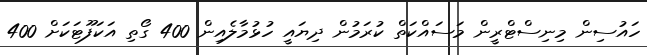
ހައުސިން މިނިސްޓްރީން މަސައްކަތް ކުރަމުން ދިޔައީ ހުޅުމާލެއިން 400 ގޯތި އަކަފޫޓަކަށް 400